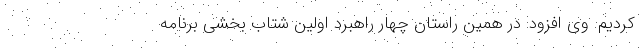
کردیم. وی افزود: در همین راستان چهار راهبرد اولین شتاب بخشی برنامه